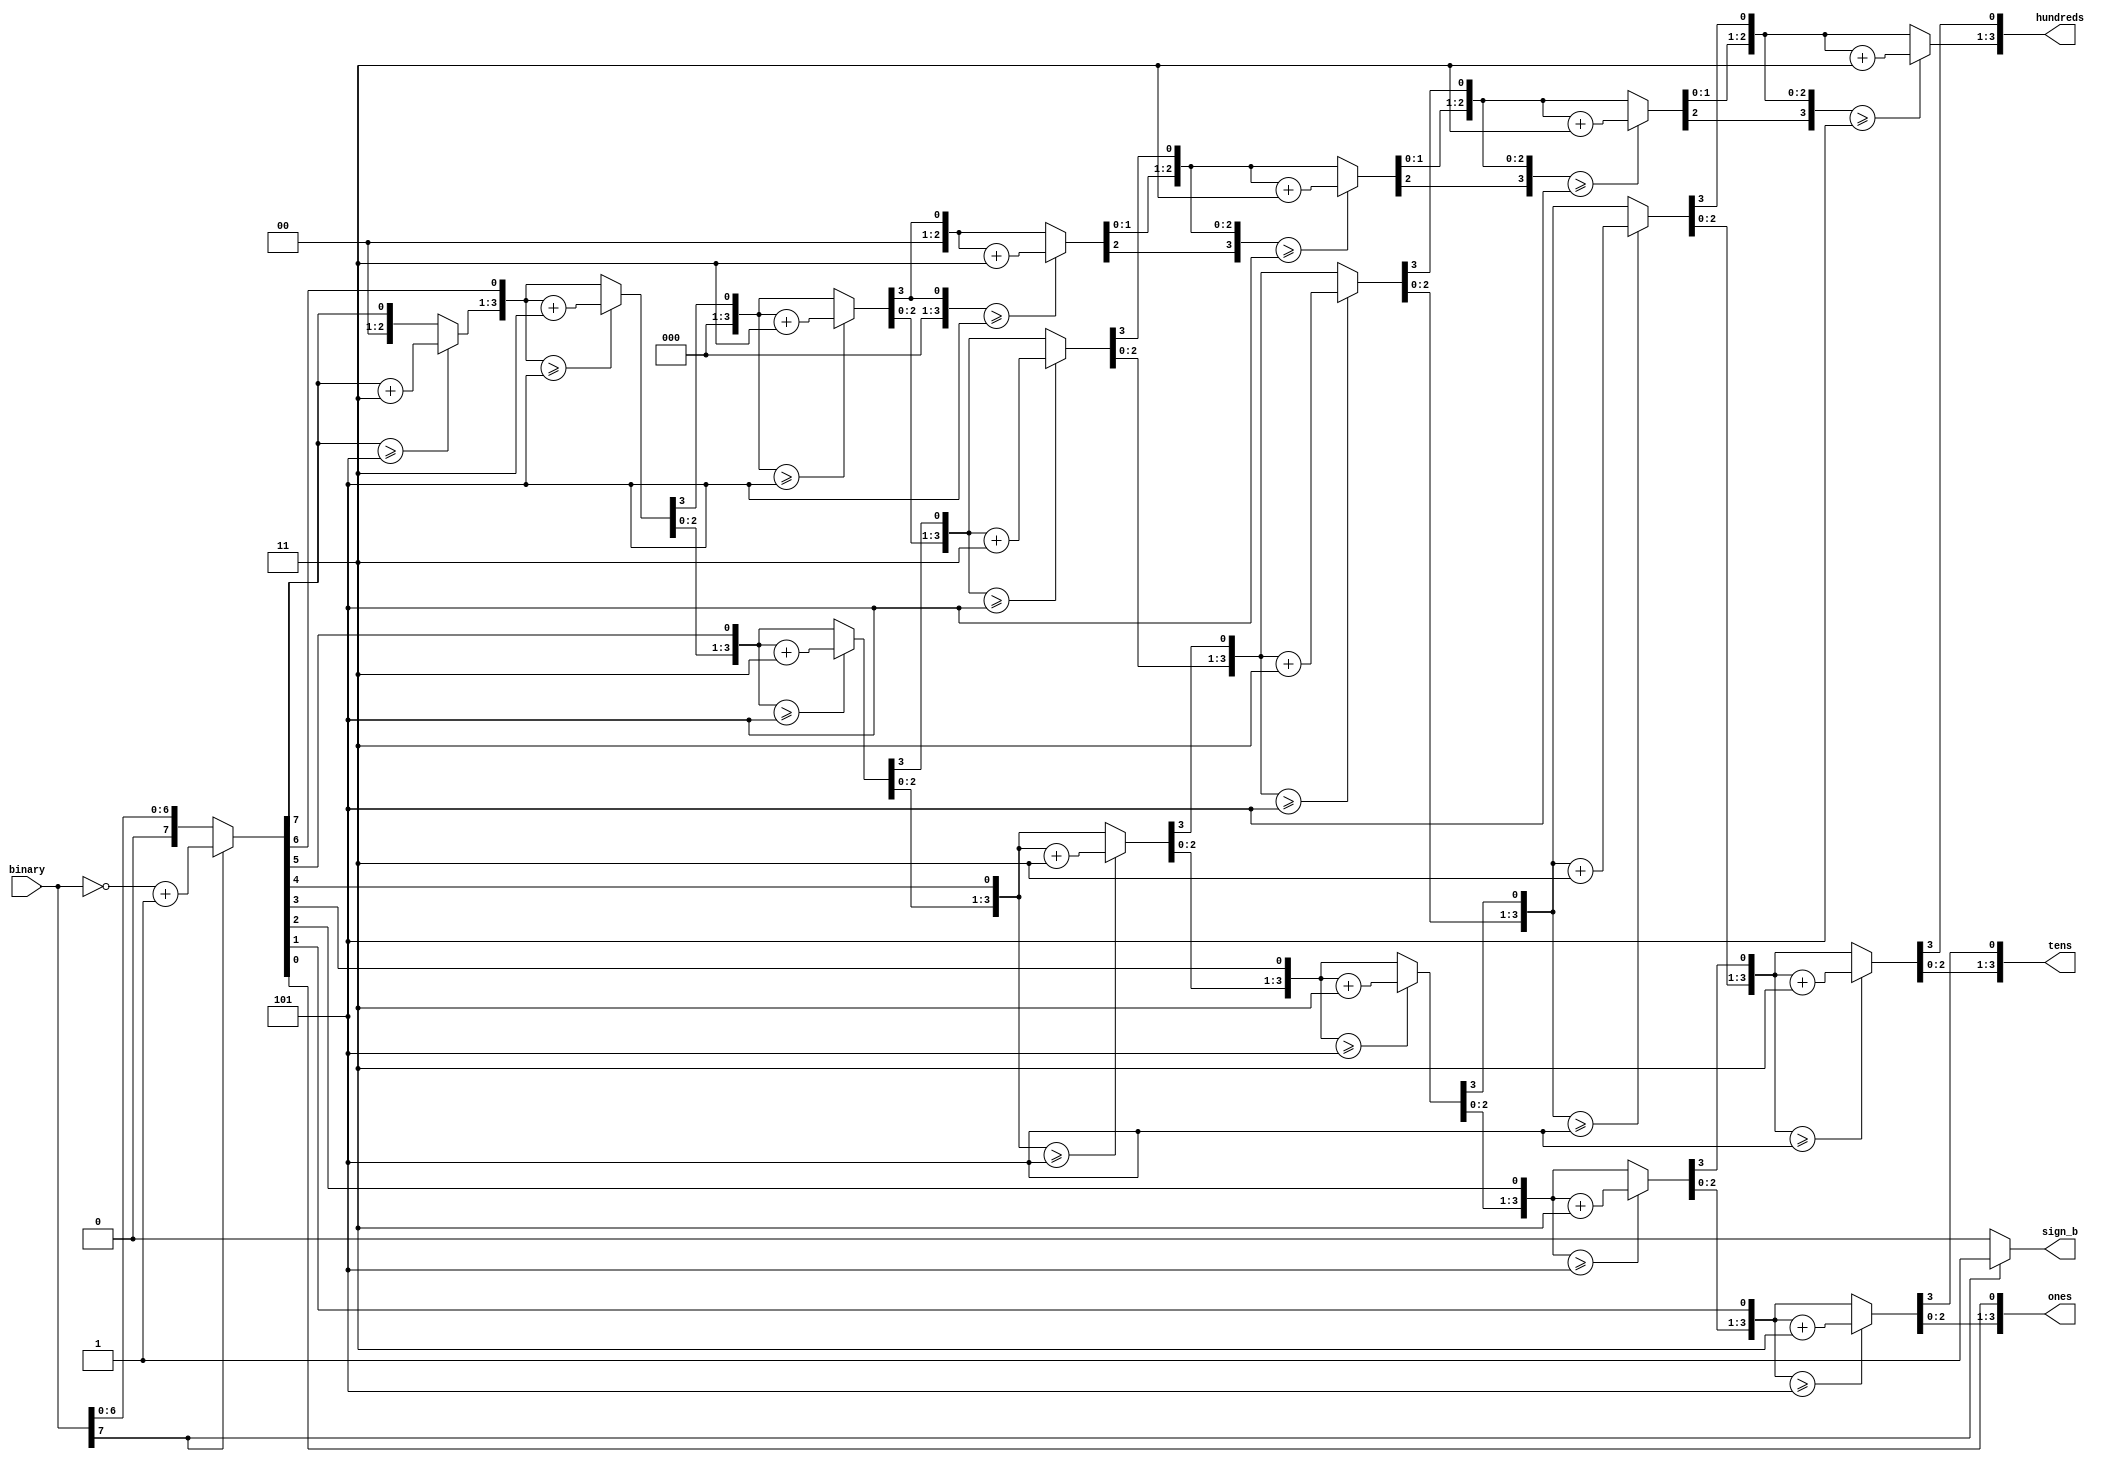
module signbcdconverter(binary,hundreds,tens,ones,sign_b);
	input signed[7:0]binary;
	reg[7:0]nbinary;
	output [3:0]hundreds,tens,ones;
	output sign_b;
	reg[3:0]hundreds,tens,ones;
	integer i;
	assign sign_b=(binary[7]==1)?1'b1:1'b0;
	always@(binary)begin
		if(binary[7]==1) nbinary=(~binary)+1'b1;
		if(binary[7]==0) nbinary=binary;
		hundreds=4'b0000;
		tens=4'b0000;
		ones=4'b0000;
		for(i=7;i>=0;i=i-1)begin
			if(hundreds>=5)hundreds=hundreds+4'b0011;
			if(tens>=5)tens=tens+4'b0011;
			if(ones>=5)ones=ones+4'b0011;
			hundreds=hundreds<<1;
			hundreds[0]=tens[3];
			tens=tens<<1;
			tens[0]=ones[3];
			ones=ones<<1;
			ones[0]=nbinary[i];
		end
	end
endmodule